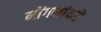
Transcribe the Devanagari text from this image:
मोंगलांकडे